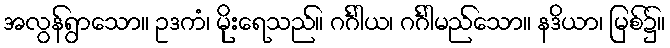
အလွန်ရွာသော။ ဥဒကံ၊ မိုးရေသည်။ ဂင်္ဂါယ၊ ဂင်္ဂါမည်သော။ နဒိယာ၊ မြစ်၌။